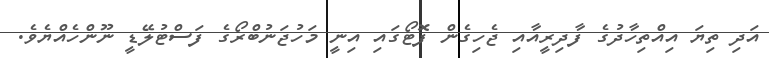
އަދި ތިޔަ އިއްތިހާދުގެ ފާދިރީއާއި ޖެހިގެން ފޮޓޯގައި އިނީ މަހުޖަނުބްރޯގެ ފަސްޓުލޭޑީ ނޫންހެއްޔެވެ.